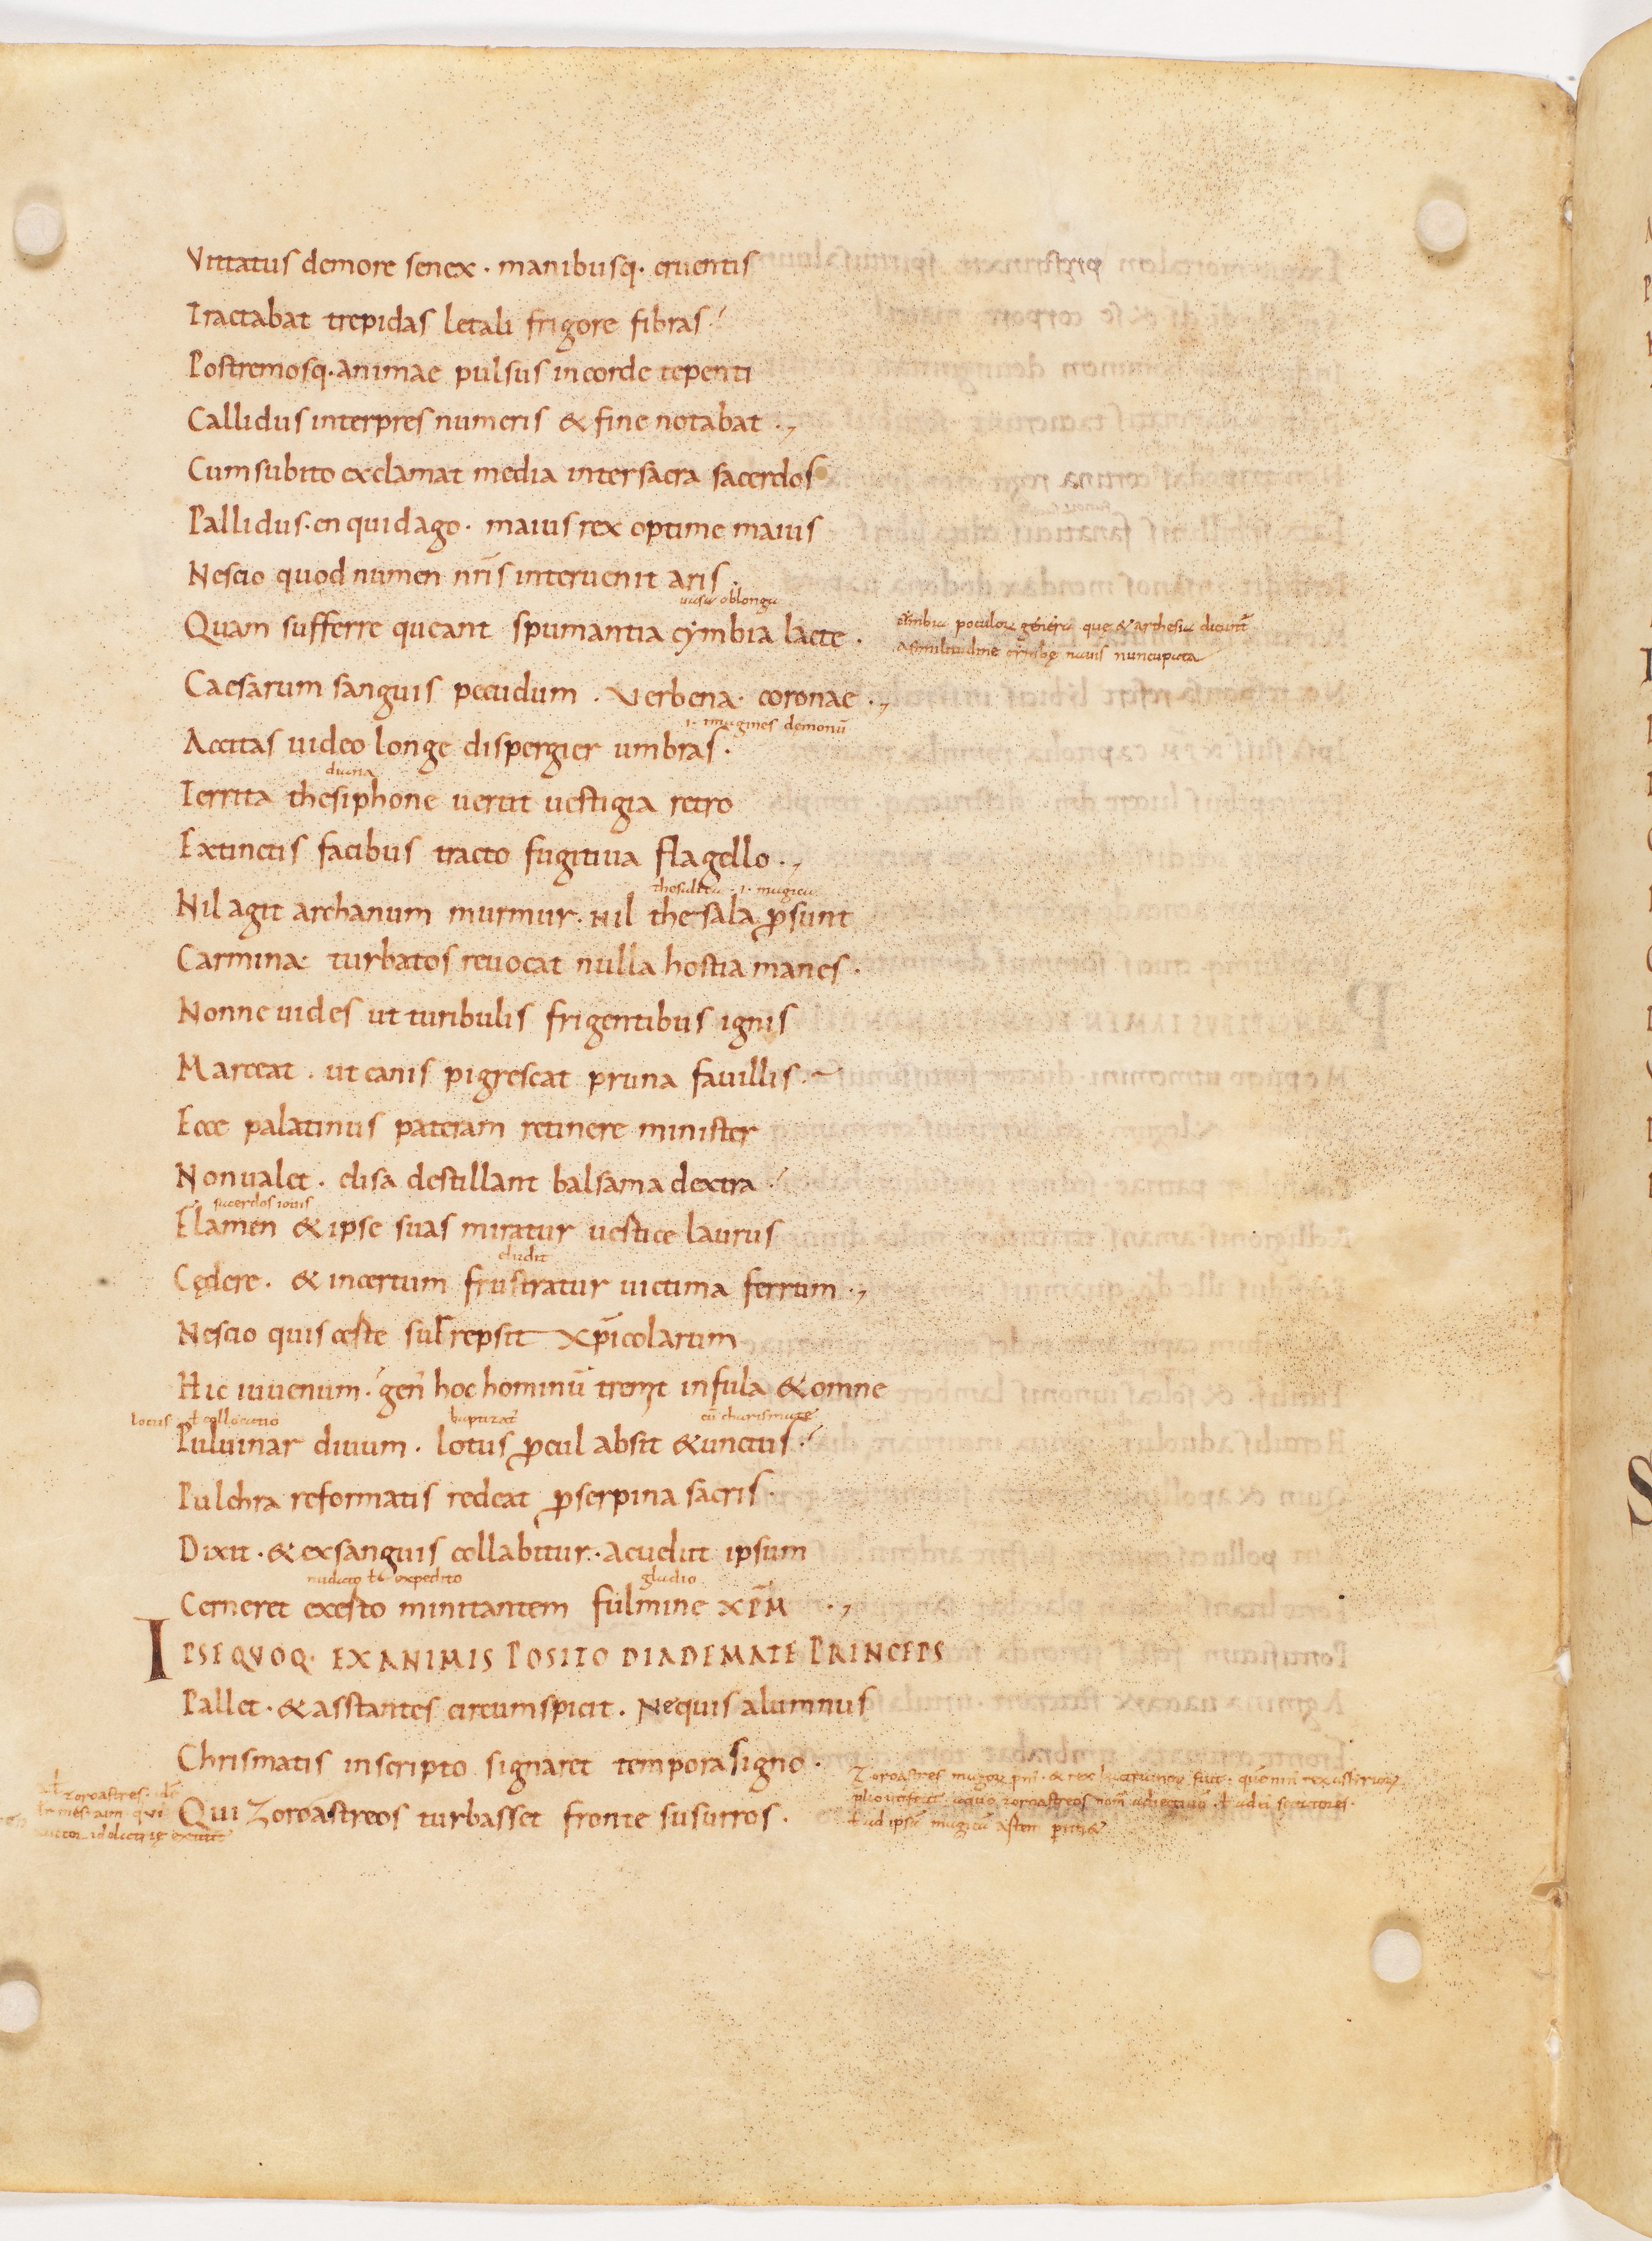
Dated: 885–915